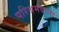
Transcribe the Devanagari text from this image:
परिश्रमवाला